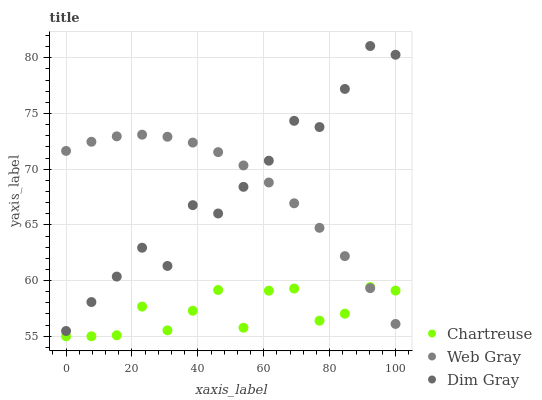
| xaxis_label | Chartreuse | Web Gray | Dim Gray |
 | --- | --- | --- | --- |
 | 0 | 55 | 71.6 | 55.5 |
 | 7.69 | 55 | 72.5 | 58.1 |
 | 15.4 | 55.1 | 72.9 | 60.4 |
 | 23.1 | 57.7 | 73.1 | 62.9 |
 | 30.8 | 55.5 | 72.9 | 61.3 |
 | 38.5 | 57.3 | 72.4 | 66.8 |
 | 46.2 | 59.2 | 71.5 | 66 |
 | 53.8 | 55.8 | 70.3 | 68.4 |
 | 61.5 | 59.1 | 68.8 | 70.8 |
 | 69.2 | 59.3 | 66.9 | 74.3 |
 | 76.9 | 56.4 | 64.7 | 73.8 |
 | 84.6 | 57 | 62.2 | 77.2 |
 | 92.3 | 59.4 | 59.3 | 81.1 |
 | 100 | 59.1 | 56.1 | 80.3 |